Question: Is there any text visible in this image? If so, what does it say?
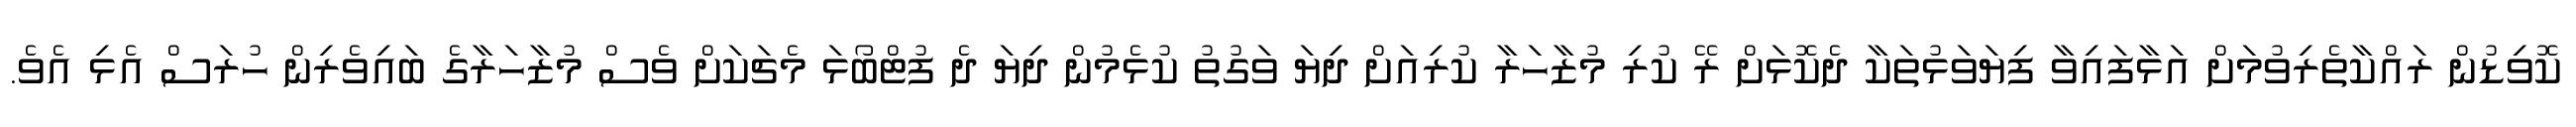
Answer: ކޮވިޑުން ރައްކާތެރިވުމަށް އަޅާފައިވާ ފިޔަވަޅުތަކާ ދެކޮޅަށް ރޭ ކުރި މުޒާހަރާ ކުރިއަށް ދިޔަ ވަގުތު ކުޅެމުން ދިޔަ ދެ ފުޓްބޯޅަ މެޗަކަށް ވެސް މުޒާހަރާގެ ބައިވެރިން ހުރަސް އެޅި އެވެ.